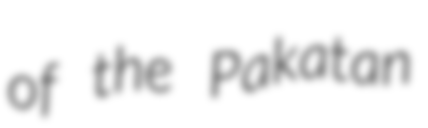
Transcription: of the Pakatan